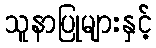
သူနာပြုများနှင့်